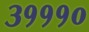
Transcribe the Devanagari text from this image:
३१११०